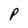
Character: P